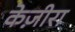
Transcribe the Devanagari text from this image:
केज़ीरा